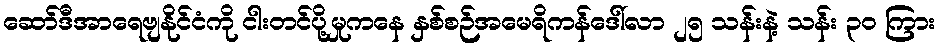
ဆော်ဒီအာရေဗျနိုင်ငံကို ငါးတင်ပို့မှုကနေ နှစ်စဉ်အမေရိကန်ဒေါ်လာ ၂၅ သန်းနဲ့ သန်း ၃ဝ ကြား